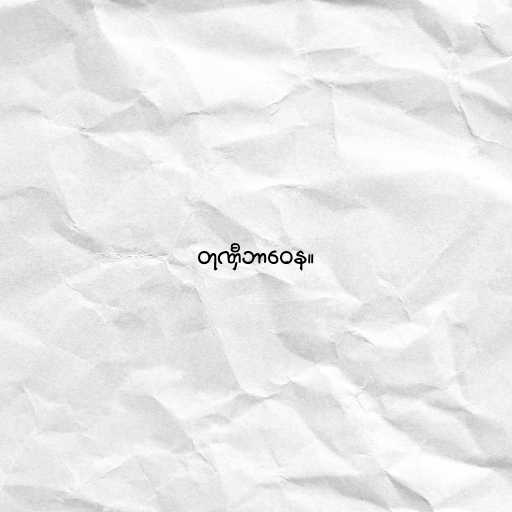
တုဏှီဘာဝေန။